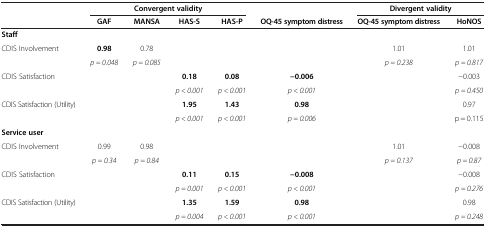
<table><thead><tr><td><b> </b></td><td colspan="4"><b>Convergent validity</b></td><td><b> </b></td><td colspan="2"><b>Divergent validity</b></td></tr><tr><td><b> </b></td><td><b>GAF</b></td><td><b>MANSA</b></td><td><b>HAS-S</b></td><td><b>HAS-P</b></td><td><b>OQ-45 symptom distress</b></td><td><b>OQ-45 symptom distress</b></td><td><b>HoNOS</b></td></tr></thead><tbody><tr><td><b>Staff</b></td><td> </td><td> </td><td> </td><td> </td><td> </td><td> </td><td> </td></tr><tr><td rowspan="2">CDIS Involvement</td><td><b>0.98</b></td><td>0.78</td><td rowspan="2"> </td><td rowspan="2"> </td><td rowspan="2"> </td><td>1.01</td><td>1.01</td></tr><tr><td><i>p = 0.048</i></td><td><i>p = 0.085</i></td><td><i>p = 0.238</i></td><td><i>p = 0.817</i></td></tr><tr><td rowspan="2">CDIS Satisfaction</td><td rowspan="2"> </td><td rowspan="2"> </td><td><b>0.18</b></td><td><b>0.08</b></td><td><b>-0.006</b></td><td rowspan="2"> </td><td>-0.003</td></tr><tr><td><i>p &lt; 0.001</i></td><td><i>p &lt; 0.001</i></td><td><i>p &lt; 0.001</i></td><td><i>p = 0.450</i></td></tr><tr><td rowspan="2">CDIS Satisfaction (Utility)</td><td rowspan="2"> </td><td rowspan="2"> </td><td><b>1.95</b></td><td><b>1.43</b></td><td><b>0.98</b></td><td rowspan="2"> </td><td>0.97</td></tr><tr><td><i>p &lt; 0.001</i></td><td><i>p &lt; 0.001</i></td><td><i>p = 0.006</i></td><td>p = 0.115</td></tr><tr><td><b>Service user</b></td><td> </td><td> </td><td> </td><td> </td><td> </td><td> </td><td> </td></tr><tr><td rowspan="2">CDIS Involvement</td><td>0.99</td><td>0.98</td><td rowspan="2"> </td><td rowspan="2"> </td><td rowspan="2"> </td><td>1.01</td><td>-0.008</td></tr><tr><td><i>p = 0.34</i></td><td><i>p = 0.84</i></td><td><i>p = 0.137</i></td><td><i>p = 0.87</i></td></tr><tr><td rowspan="2">CDIS Satisfaction</td><td rowspan="2"> </td><td rowspan="2"> </td><td><b>0.11</b></td><td><b>0.15</b></td><td><b>-0.008</b></td><td rowspan="2"> </td><td>-0.008</td></tr><tr><td><i>p = 0.001</i></td><td><i>p &lt; 0.001</i></td><td><i>p &lt; 0.001</i></td><td><i>p = 0.276</i></td></tr><tr><td rowspan="2">CDIS Satisfaction (Utility)</td><td rowspan="2"> </td><td rowspan="2"> </td><td><b>1.35</b></td><td><b>1.59</b></td><td><b>0.98</b></td><td rowspan="2"> </td><td>0.98</td></tr><tr><td><i>p = 0.004</i></td><td><i>p &lt; 0.001</i></td><td><i>p &lt; 0.001</i></td><td><i>p = 0.248</i></td></tr></tbody></table>